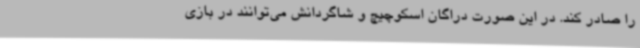
را صادر کند. در این صورت دراگان اسکوچیچ و شاگردانش می‌توانند در بازی